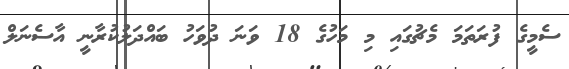
ސެމީގެ ފުރަތަމަ މެޗުގައި މި މަހުގެ 18 ވަނަ ދުވަހު ބައްދަލުކުރާނީ އާސެނަލް